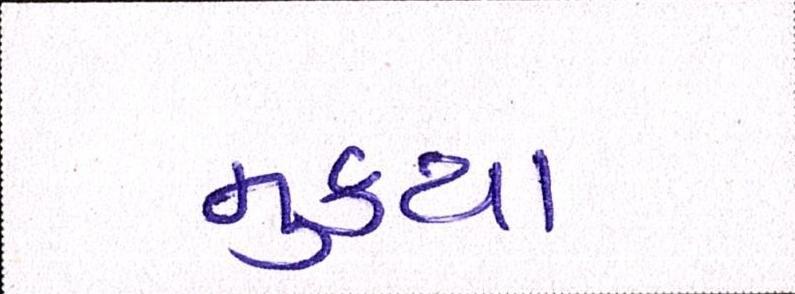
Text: મુકયા